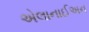
એલાનાઈઅન